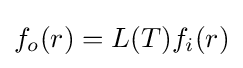
f_{o}(r)=L(T){\displaystyle f_{i}(r)}